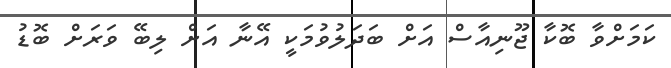
ކަމަށްވާ ބޮކާ ޖޫނިއާސް އަށް ބަދަލުވުމަކީ އޭނާ އަށް ލިބޭ ވަރަށް ބޮޑު